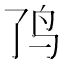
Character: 𱉉